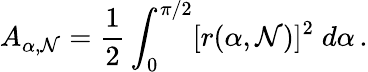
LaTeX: A_{\alpha,\mathcal{N}}=\frac{{1}}{{2}}\int_{0}^{\pi/2}[r(\alpha,\mathcal{N})]^{2}\; d\alpha\, .